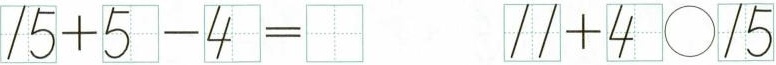
$$1 5 + 5 - 4 =$$ $$1 1 + 4 \bigcirc 1 5$$